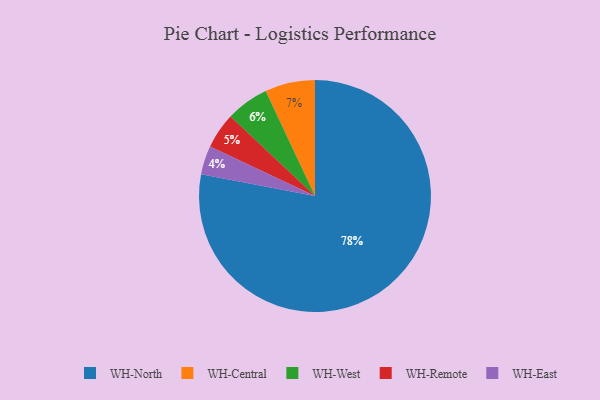
{"axis": {"x": "Category", "y": "Percentage"}, "legend": ["WH-Central", "WH-East", "WH-North", "WH-Remote", "WH-West"], "data": [{"x": "WH-North", "y": 78, "type": "WH-North"}, {"x": "WH-West", "y": 6, "type": "WH-West"}, {"x": "WH-East", "y": 4, "type": "WH-East"}, {"x": "WH-Remote", "y": 5, "type": "WH-Remote"}, {"x": "WH-Central", "y": 7, "type": "WH-Central"}]}